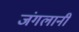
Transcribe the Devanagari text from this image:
जंगलानी